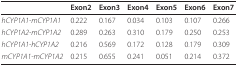
|  | Exon2 | Exon3 | Exon4 | Exon5 | Exon6 | Exon7 |
 | --- | --- | --- | --- | --- | --- | --- |
 | hCYP1A1-mCYP1A1 | 0.222 | 0.167 | 0.034 | 0.103 | 0.107 | 0.266 |
 | hCYP1A2-mCYP1A2 | 0.289 | 0.263 | 0.310 | 0.179 | 0.250 | 0.253 |
 | hCYP1A1-hCYP1A2 | 0.216 | 0.569 | 0.172 | 0.128 | 0.179 | 0.309 |
 | mCYP1A1-mCYP1A2 | 0.215 | 0.655 | 0.241 | 0.051 | 0.214 | 0.372 |